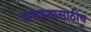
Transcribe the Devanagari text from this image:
समाजासाठीच